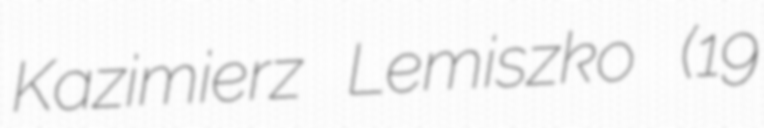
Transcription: Kazimierz Lemiszko (19